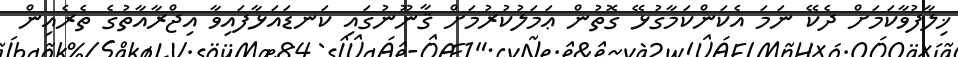
ޚިލާފުވާކަމަށް ދެކޭ ނަމަ އެކަންކަމާގުޅޭ ގޮތުން ޢަމަލުކުރުމަށް ޤާނޫނުގައި ކަނޑައަޅާފައިވާ އިޖްރާއާތުގެ ތެރެއިން